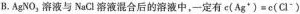
B.AgNO，溶液与NaCl溶液混合后的溶液中，一定有c(Ag*)=e(Cl”)